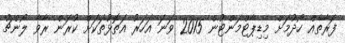
ފަރާތެއް ހޯދުމަށް މިޑިޕާޓްމަންޓުން 2015 ވަނަ އަހަރު އަތޮޅުތަކަށް ކުރަން ރާވާ ލޯންޗު